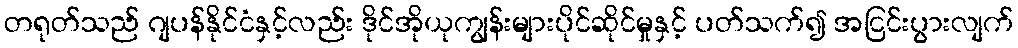
တရုတ်သည် ဂျပန်နိုင်ငံနှင့်လည်း ဒိုင်အိုယုကျွန်းများပိုင်ဆိုင်မှုနှင့် ပတ်သက်၍ အငြင်းပွားလျက်